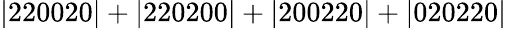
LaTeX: \mathrm{|220020|+|220200|+|200220|+|020220|}